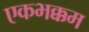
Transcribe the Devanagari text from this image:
एकभक्कम